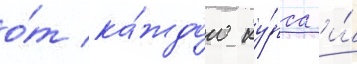
о́т ка́ждого ку́рса и́